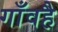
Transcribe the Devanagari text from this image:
गाँवहै